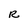
Character: R